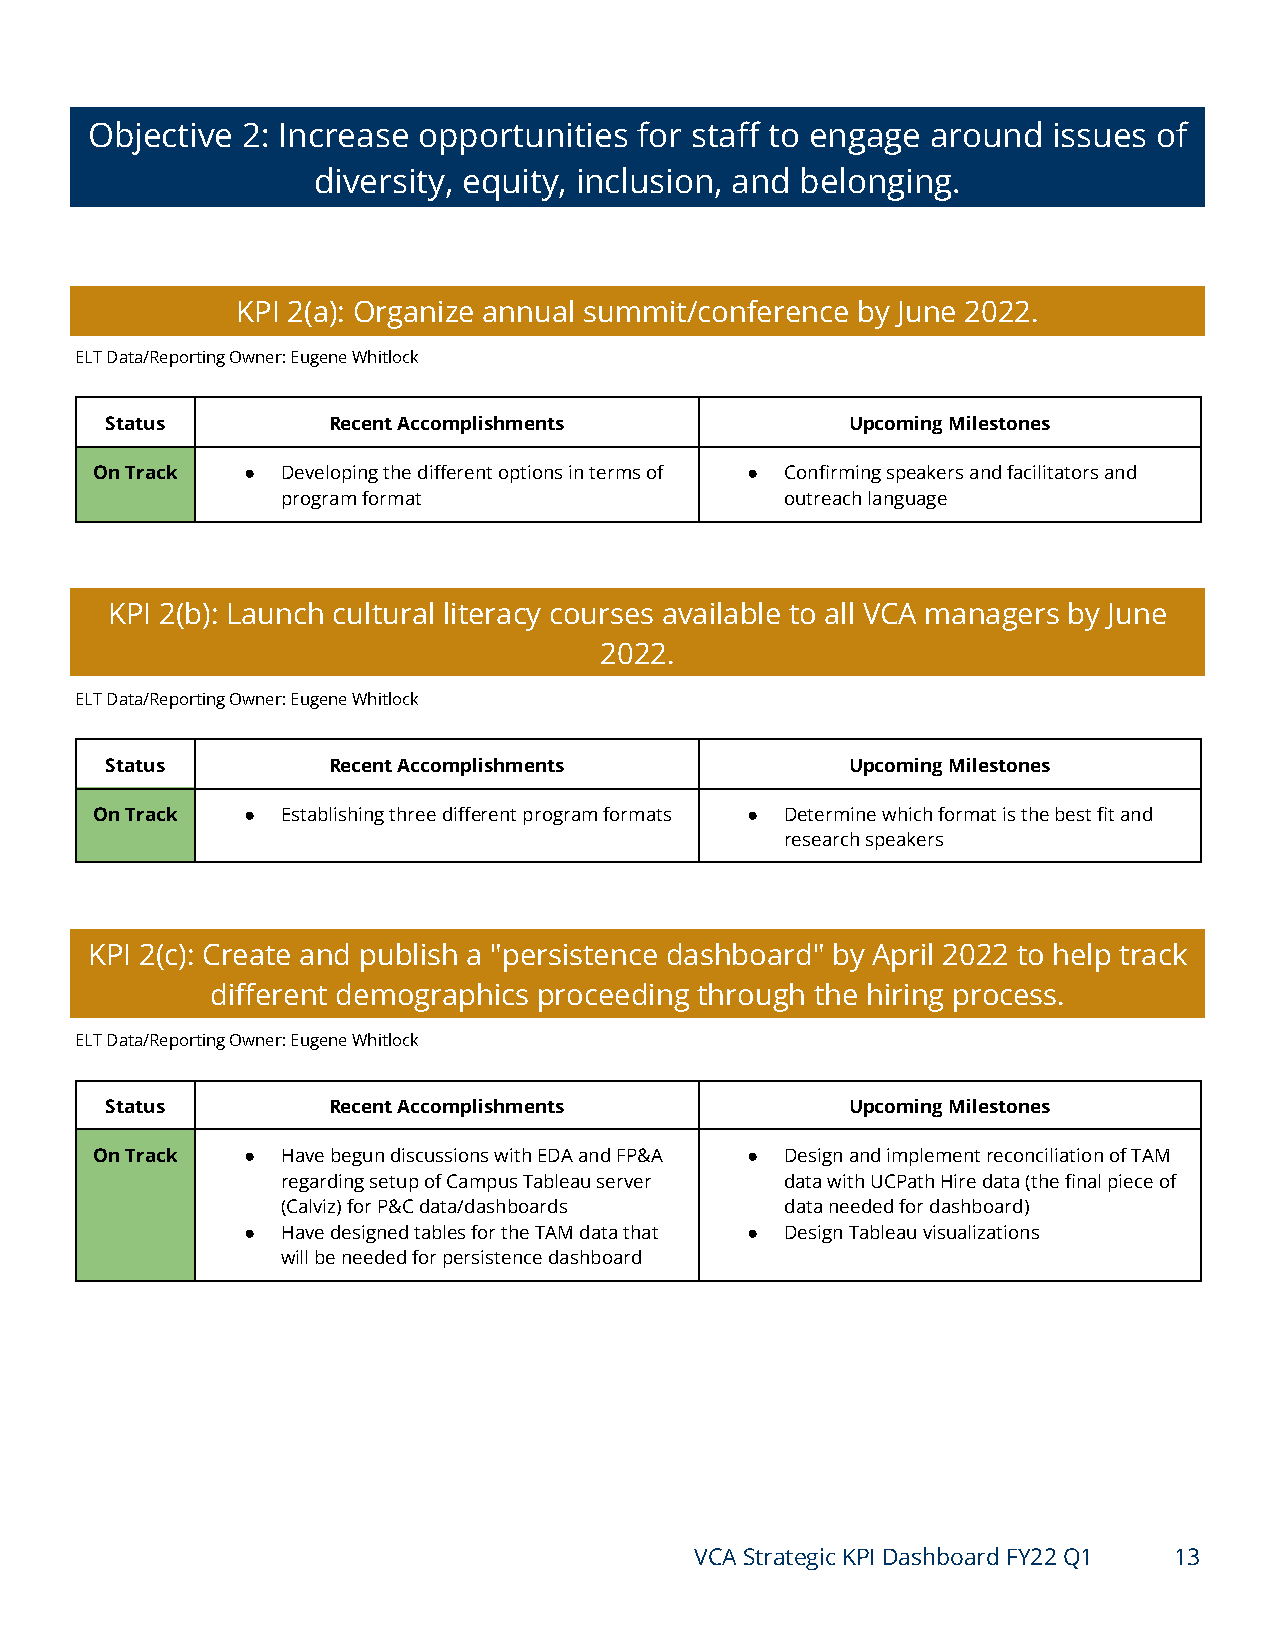
Objective 2: Increase opportunities for staff to engage around  issues of
 diversity, equity, inclusion, and belonging.
 KPI 2(a): Organize annual summit/conference by June 2022.
 ELT Data/Reporting Owner: Eugene Whitlock
 Status         Recent Accomplishments            Upcoming Milestones
 On Track  ●  Developing the different options in terms of ● Confirming speakers and facilitators and
 program format                   outreach language
 KPI 2(b): Launch cultural literacy courses available to all VCA managers by June
 2022.
 ELT Data/Reporting Owner: Eugene Whitlock
 Status         Recent Accomplishments            Upcoming Milestones
 On Track  ●  Establishing three different program formats ● Determine which format is the best fit and
 research speakers
 KPI 2(c): Create and publish a "persistence dashboard" by April 2022 to help track
 different demographics proceeding through the hiring process.
 ELT Data/Reporting Owner: Eugene Whitlock
 Status         Recent Accomplishments            Upcoming Milestones
 On Track  ●  Have begun discussions with EDA and FP&A ● Design and implement reconciliation of TAM
 regarding setup of Campus Tableau server data with UCPath Hire data (the final piece of
 (Calviz) for P&C data/dashboards data needed for dashboard)
 ●  Have designed tables for the TAM data that ● Design Tableau visualizations
 will be needed for persistence dashboard
 VCA Strategic KPI Dashboard FY22 Q1 13